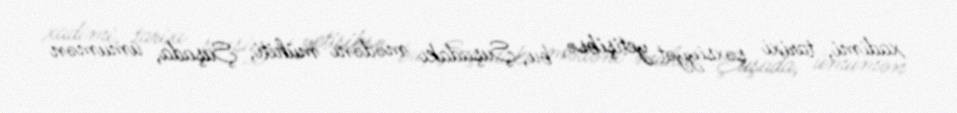
xadimi, tarixi şəxsiyyət yetişibsə, bu, Şuşadakı mədəni mühiti, Şuşada, ümumən